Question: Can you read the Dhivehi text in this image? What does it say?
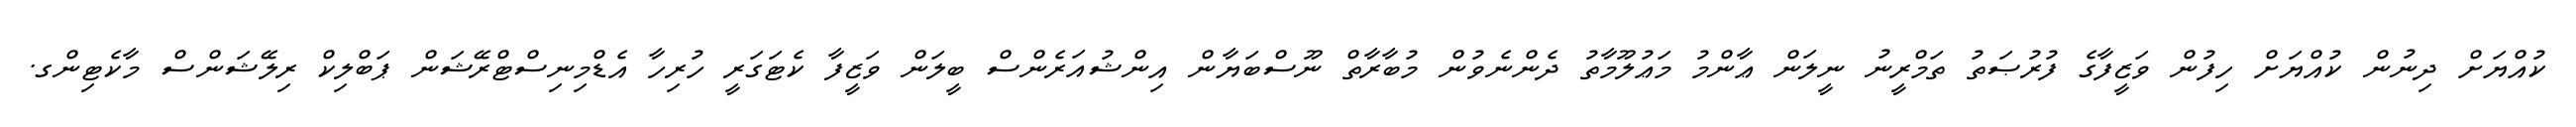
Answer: ކުއްޔަށް ދިނުން ކުއްޔަށް ހިފުން ވަޒީފާގެ ފުރުޞަތު ތަމްރީނު ނީލަން ޢާންމު މަޢުލޫމާތު ދެންނެވުން މުބާރާތް ނޫސްބަޔާން އިންޝުއަރެންސް ބީލަން ވަޒީފާ ކެޓަގަރީ ހުރިހާ އެޑްމިނިސްޓްރޭޝަން ޕަބްލިކް ރިލޭޝަންސް މާކެޓިންގ.